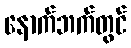
နောက်ဘက်တွင်